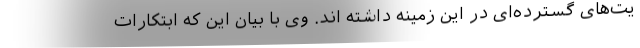
یت‌های گسترده‌ای در این زمینه داشته اند. وی با بیان این که ابتکارات